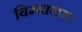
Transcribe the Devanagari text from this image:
बिम्बाधराः